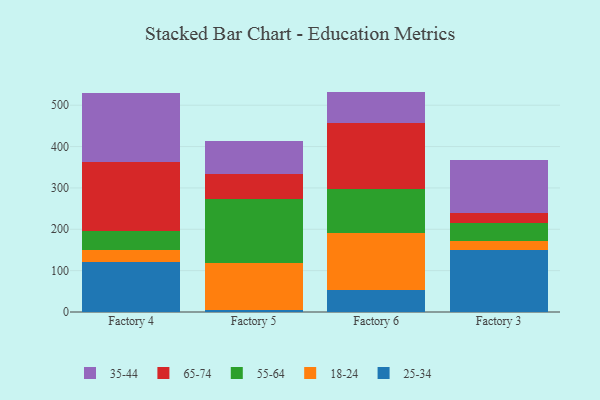
{"axis": {"x": "Factory", "y": "Gross Profit (USD K)"}, "legend": ["18-24", "25-34", "35-44", "55-64", "65-74"], "data": [{"x": "Factory 4", "y": 120.7, "type": "25-34"}, {"x": "Factory 4", "y": 30.0, "type": "18-24"}, {"x": "Factory 4", "y": 45.0, "type": "55-64"}, {"x": "Factory 4", "y": 168.1, "type": "65-74"}, {"x": "Factory 4", "y": 166.7, "type": "35-44"}, {"x": "Factory 5", "y": 5.0, "type": "25-34"}, {"x": "Factory 5", "y": 113.6, "type": "18-24"}, {"x": "Factory 5", "y": 154.3, "type": "55-64"}, {"x": "Factory 5", "y": 60.8, "type": "65-74"}, {"x": "Factory 5", "y": 79.2, "type": "35-44"}, {"x": "Factory 6", "y": 52.5, "type": "25-34"}, {"x": "Factory 6", "y": 138.3, "type": "18-24"}, {"x": "Factory 6", "y": 105.6, "type": "55-64"}, {"x": "Factory 6", "y": 161.1, "type": "65-74"}, {"x": "Factory 6", "y": 75.4, "type": "35-44"}, {"x": "Factory 3", "y": 149.9, "type": "25-34"}, {"x": "Factory 3", "y": 22.1, "type": "18-24"}, {"x": "Factory 3", "y": 42.0, "type": "55-64"}, {"x": "Factory 3", "y": 25.1, "type": "65-74"}, {"x": "Factory 3", "y": 129.1, "type": "35-44"}]}